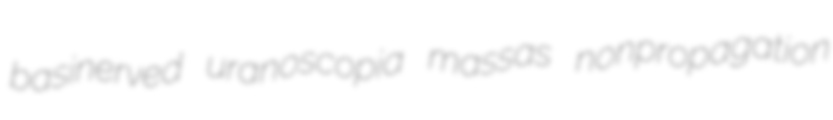
basinerved uranoscopia massas nonpropagation